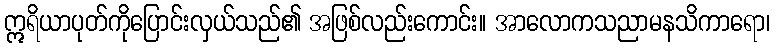
ဣရိယာပုတ်ကိုပြောင်းလှယ်သည်၏ အဖြစ်လည်းကောင်း။ အာလောကသညာမနသိကာရော၊